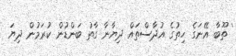
' ތޫބާ އޭނަގެ ހިތުގެ އުދާސްތައް ދިޔާނާ ގާތު ބަންޑުން ކުރަމުން ދިޔަ